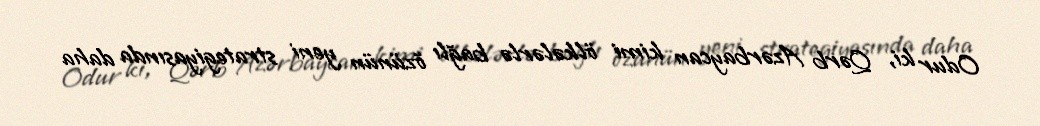
Odur ki, Qərb Azərbaycan kimi ölkələrlə bağlı özünün yeni strategiyasında daha